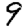
Digit: 9